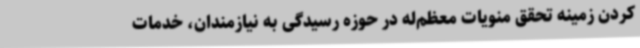
کردن زمینه تحقق منویات معظم‌له در حوزه رسیدگی به نیازمندان، خدمات